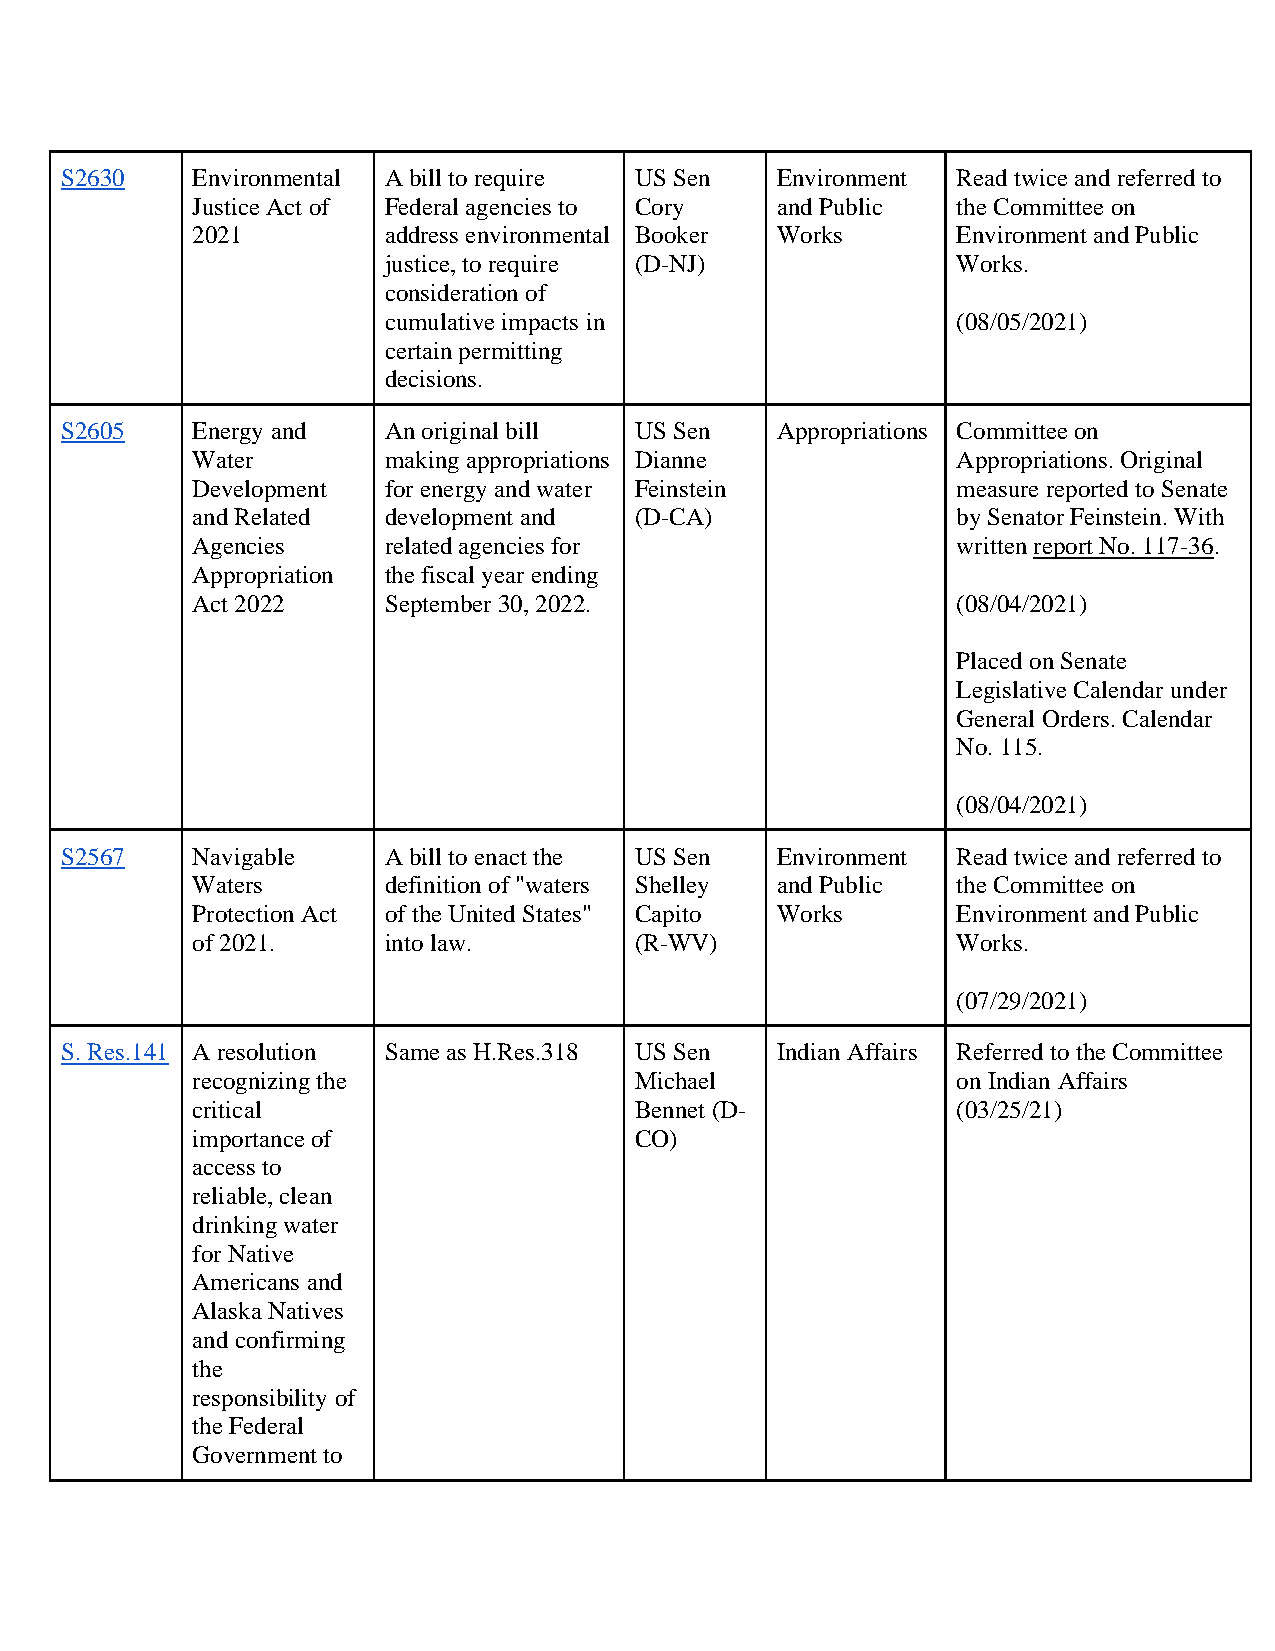
S2630    Environmental A bill to require US Sen Environment Read twice and referred to
 Justice Act of Federal agencies to Cory and Public the Committee on
 2021        address environmental Booker Works    Environment and Public
 justice, to require (D-NJ)            Works.
 consideration of
 cumulative impacts in                 (08/05/2021)
 certain permitting
 decisions.
 S2605    Energy and  An original bill US Sen   Appropriations Committee on
 Water       making appropriations Dianne          Appropriations. Original
 Development for energy and water Feinstein        measure reported to Senate
 and Related development and  (D-CA)               by Senator Feinstein. With
 Agencies    related agencies for                  written report No. 117-36.
 Appropriation the fiscal year ending
 Act 2022    September 30, 2022.                   (08/04/2021)
 Placed on Senate
 Legislative Calendar under
 General Orders. Calendar
 No. 115.
 (08/04/2021)
 S2567    Navigable   A bill to enact the US Sen Environment Read twice and referred to
 Waters      definition of "waters Shelley and Public the Committee on
 Protection Act of the United States" Capito Works Environment and Public
 of 2021.    into law.        (R-WV)               Works.
 (07/29/2021)
 S. Res.141 A resolution Same as H.Res.318 US Sen Indian Affairs Referred to the Committee
 recognizing the              Michael              on Indian Affairs
 critical                     Bennet (D-           (03/25/21)
 importance of                CO)
 access to
 reliable, clean
 drinking water
 for Native
 Americans and
 Alaska Natives
 and confirming
 the
 responsibility of
 the Federal
 Government to